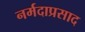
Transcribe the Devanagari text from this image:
नर्मदाप्रसाद